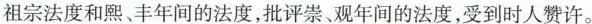
祖宗法度和熙、丰年间的法度，批评崇、观年间的法度，受到时人赞许。